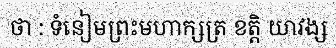
ថា : ទំនៀមព្រះមហាក្សត្រ ខត្តិ យាវង្ស